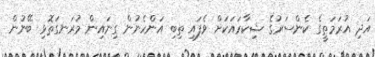
އަދި އުރަމަތީގެ ކެންސަރުގެ ޝިކާރައަކަށް ވެފައި ތިބި އަންހެނުން ގިނައިން މުރަނގަތޮޅި ބޭނުން